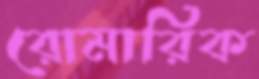
রোমারিক